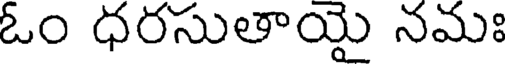
ఓం ధరసుతాయై నమః